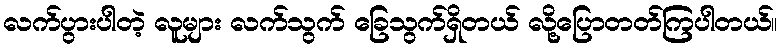
လက်ပွားပါတဲ့ လူများ လက်သွက် ခြေသွက်ရှိတယ် လို့ပြောတတ်ကြပါတယ်။